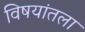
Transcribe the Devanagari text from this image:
विषयांतला